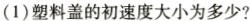
(1)塑料盖的初速度大小为多少？